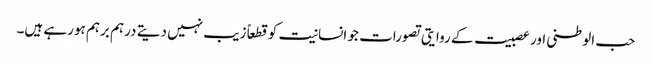
حب الوطنی اور عصبیت کے روایتی تصورات جو انسانیت کو قطعاً زیب نہیں دیتے درہم برہم ہورہے ہیں۔